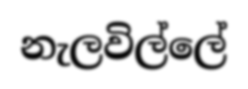
නැලවිල්ලේ